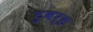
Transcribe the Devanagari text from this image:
टुवर्ड